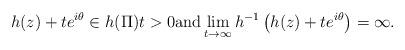
LaTeX: \begin{align*}h(z)+te^{i\theta} \in h(\Pi) t>0 \mbox{and}\lim \limits_{t \to\infty}h^{-1}\left(h(z)+te^{i\theta}\right)=\infty.\end{align*}